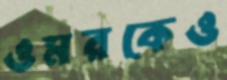
ওমরকেও